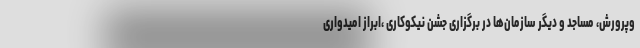
وپرورش، مساجد و دیگر سازمان‌ها در برگزاری جشن نیکوکاری ،ابراز امیدواری